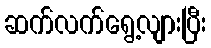
ဆက်လက်ရွေ့လျားပြီး